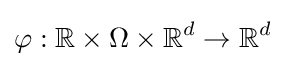
\varphi :\mathbb {R} \times \Omega \times \mathbb {R} ^{d}\to \mathbb {R} ^{d}